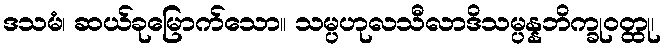
ဒသမံ၊ ဆယ်ခုမြောက်သော။ သမ္ပဟုလသီလာဒိသမ္ပန္နဘိက္ခုဝတ္ထု၊